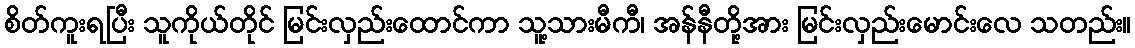
စိတ်ကူးရပြီး သူကိုယ်တိုင် မြင်းလှည်းထောင်ကာ သူ့သားမီကီ၊ အန်နီတို့အား မြင်းလှည်းမောင်းလေ သတည်း။